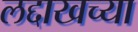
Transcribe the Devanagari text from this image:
लद्दाखच्या